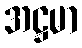
အဋ္ဌမာ